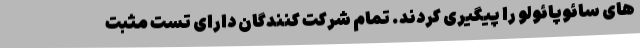
های سائوپائولو را پیگیری کردند. تمام شرکت کنندگان دارای تست مثبت